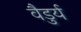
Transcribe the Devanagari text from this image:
वैडुर्य